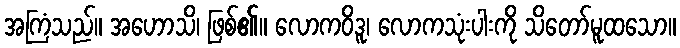
အကြံသည်။ အဟောသိ၊ ဖြစ်၏။ လောကဝိဒူ၊ လောကသုံးပါးကို သိတော်မူထသော။